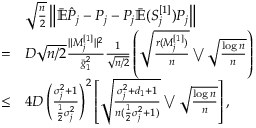
\begin{array} { r l } & { \sqrt { \frac { n } { 2 } } \left\| \bar { \mathbb { E } } \hat { { \cal P } } _ { j } - { \cal P } _ { j } - { \cal P } _ { j } \bar { \mathbb { E } } ( { \cal S } _ { j } ^ { [ 1 ] } ) { \cal P } _ { j } \right\| } \\ { = } & { D \sqrt { n / 2 } \frac { \| M _ { j } ^ { [ 1 ] } \| ^ { 2 } } { \bar { g } _ { 1 } ^ { 2 } } \frac { 1 } { \sqrt { n / 2 } } \left( \sqrt { \frac { r ( M _ { j } ^ { [ 1 ] } ) } { n } } \bigvee \sqrt { \frac { \log n } { n } } \right) } \\ { \le } & { 4 D \left( \frac { \sigma _ { j } ^ { 2 } + 1 } { \frac { 1 } { 2 } \sigma _ { j } ^ { 2 } } \right) ^ { 2 } \left[ \sqrt { \frac { \sigma _ { j } ^ { 2 } + d _ { 1 } + 1 } { n ( \frac { 1 } { 2 } \sigma _ { j } ^ { 2 } + 1 ) } } \bigvee \sqrt { \frac { \log n } { n } } \right] , } \end{array}